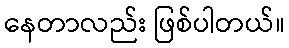
နေတာလည်း ဖြစ်ပါတယ်။